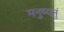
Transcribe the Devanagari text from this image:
मनुष्यनुं